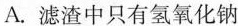
A.滤渣中只有氢氧化钠